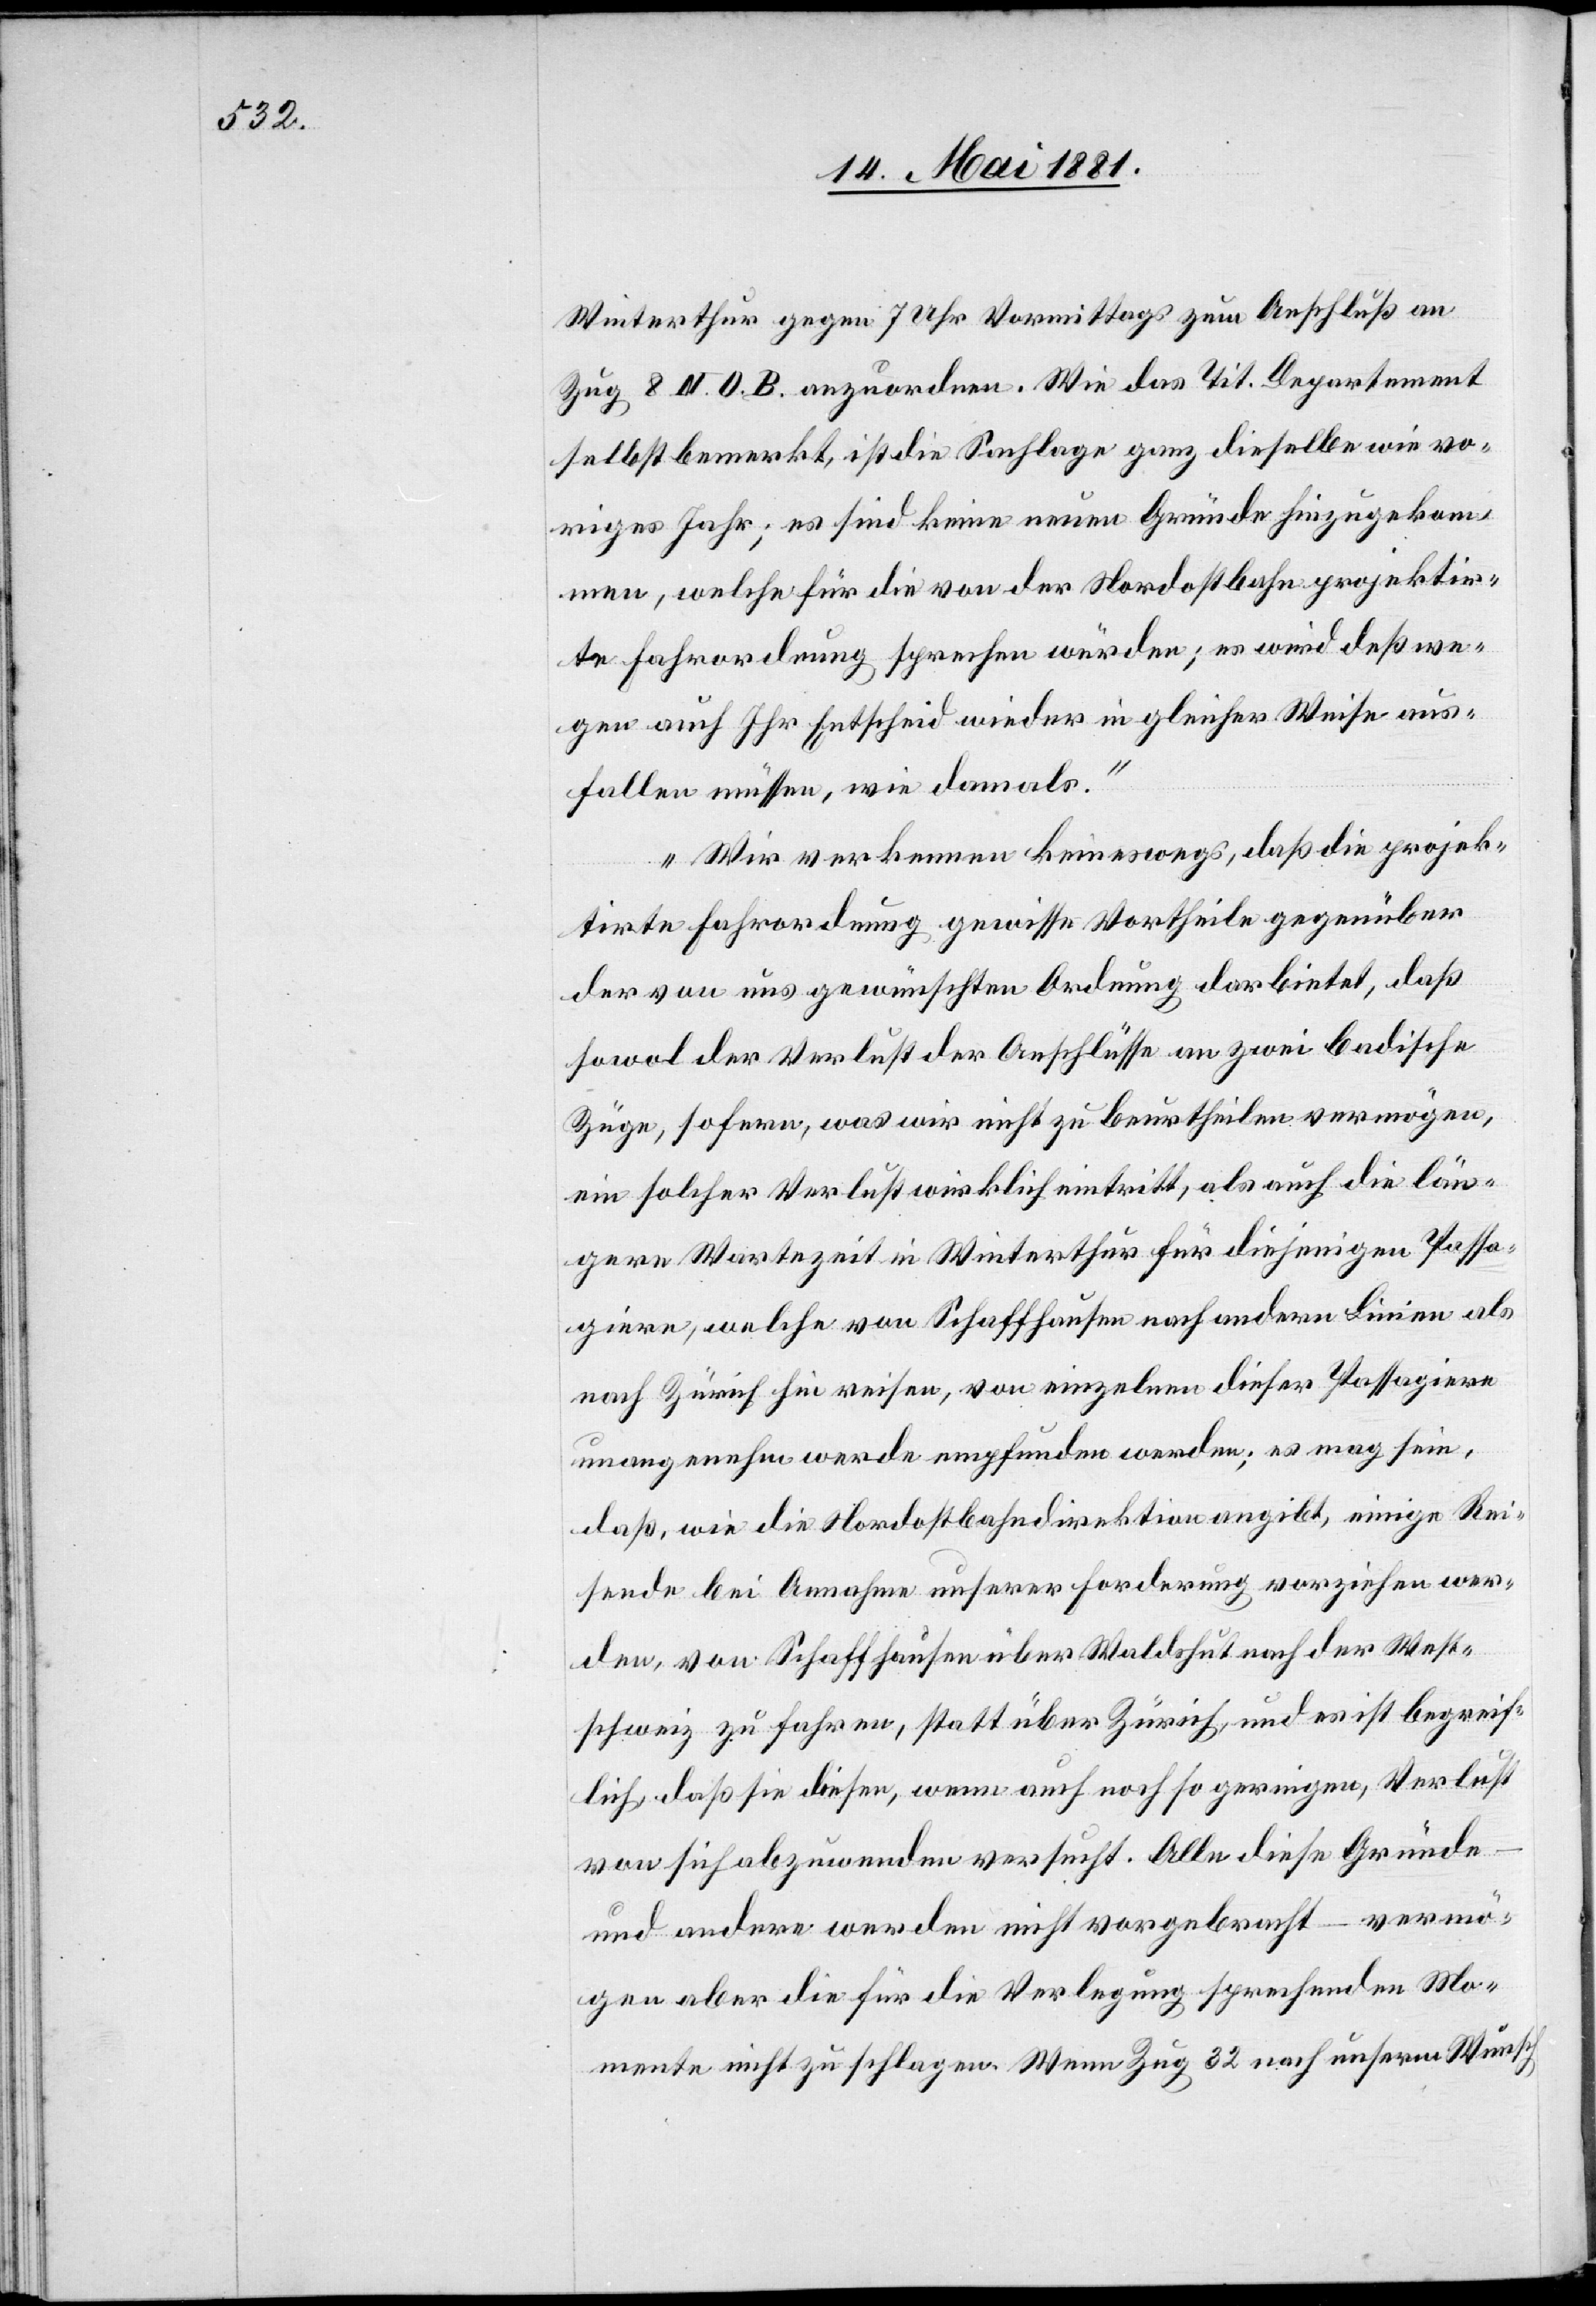
Winterthur gegen 7 Uhr Vormittags zum Anschluß an
Zug 8 N. O. B. anzuordnen. Wie das Tit. Departement
selbst bemerkt, ist die Sachlage ganz dieselbe wie vo¬
riges Jahr; es sind keine neuen Gründe hinzugekom¬
men, welche für die von der Nordostbahn projektir¬
te Fahrordnung sprechen würden; es wird deßwe¬
gen auch Ihr Entscheid wieder in gleicher Weise aus¬
fallen müssen, wie damals.
Wir verkennen keineswegs, daß die projek¬
tirte Fahrordnung gewisse Vortheile gegenüber
der von uns gewünschten Ordnung darbietet, daß
sowol der Verlust der Anschlüße an zwei badische
Züge, sofern, was wir nicht zu beurtheilen vermögen,
ein solcher Verlust wirklich eintritt, als auch die län¬
gere Wartezeit in Winterthur für diejenigen Passa¬
giere, welche von Schaffhausen nach andern Linien als
nach Zürich hin reisen, von einzelnen dieser Passagiere
unangenehm werde empfunden werden; es mag sein,
daß, wie die Nordostbahndirektion angibt, einige Rei¬
sende bei Annahme unserer Forderung vorziehen wer¬
den, von Schaffhausen über Waldshut nach der West¬
schweiz zu fahren, statt über Zürich, und es ist begreif¬
lich, daß sie diesen, wenn auch noch so geringen, Verlust
ch
von sich abzuwenden versucht. Alle diese Gründe
und andere werden nicht vorgebracht – vermö¬
gen aber die für die Verlegung sprechenden Mo¬
mente nicht zu schlagen. Wenn Zug 32 nach unserm Wuns¬